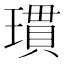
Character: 瑻